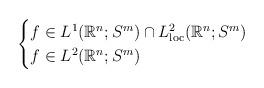
LaTeX: \begin{align*}\begin{cases}f \in L^{1}(\mathbb{R}^{n};S^{m}) \cap L_{\rm loc}^{2}(\mathbb{R}^{n};S^{m}) & \\f \in L^{2}(\mathbb{R}^{n};S^{m}) &\end{cases} \end{align*}